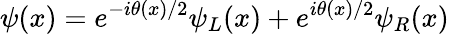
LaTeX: \psi(x)=e^{-i\theta(x)/2}\psi_{L}(x)+e^{i\theta(x)/2}\psi_{R}(x)